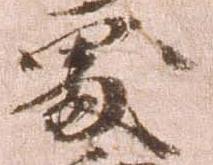
処